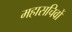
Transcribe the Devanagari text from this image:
महासचिवों